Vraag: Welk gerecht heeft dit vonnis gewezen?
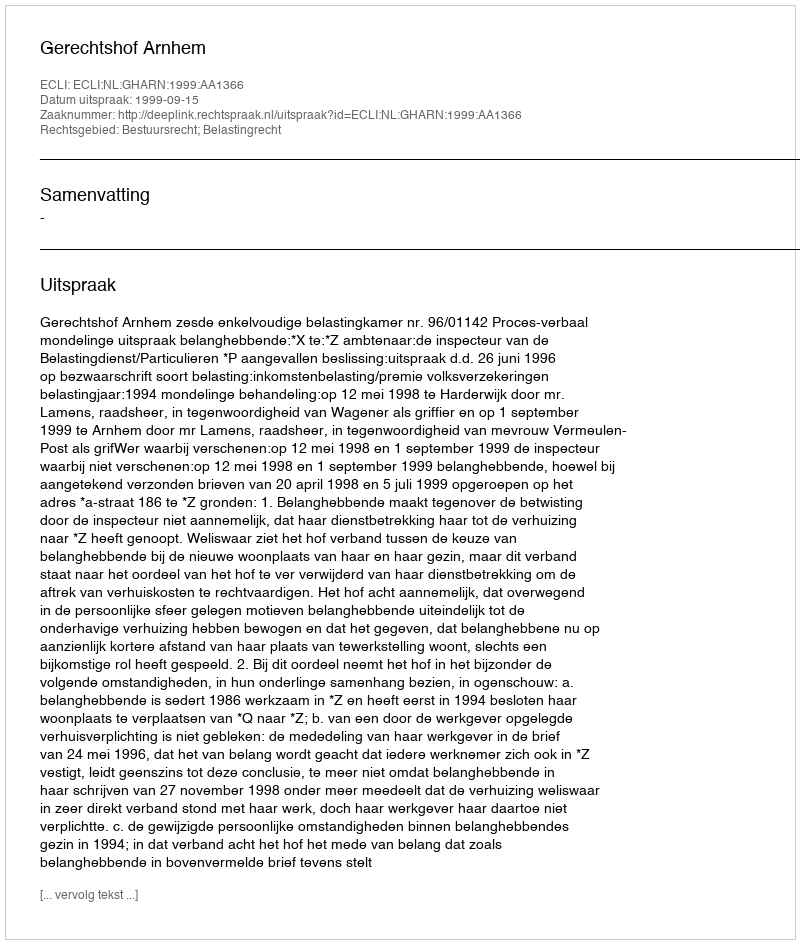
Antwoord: Gerechtshof Arnhem